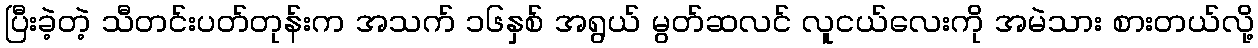
ပြီးခဲ့တဲ့ သီတင်းပတ်တုန်းက အသက် ၁၆နှစ် အရွယ် မွတ်ဆလင် လူငယ်လေးကို အမဲသား စားတယ်လို့